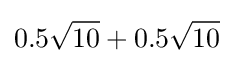
0.5{\sqrt {10}}+0.5{\sqrt {10}}